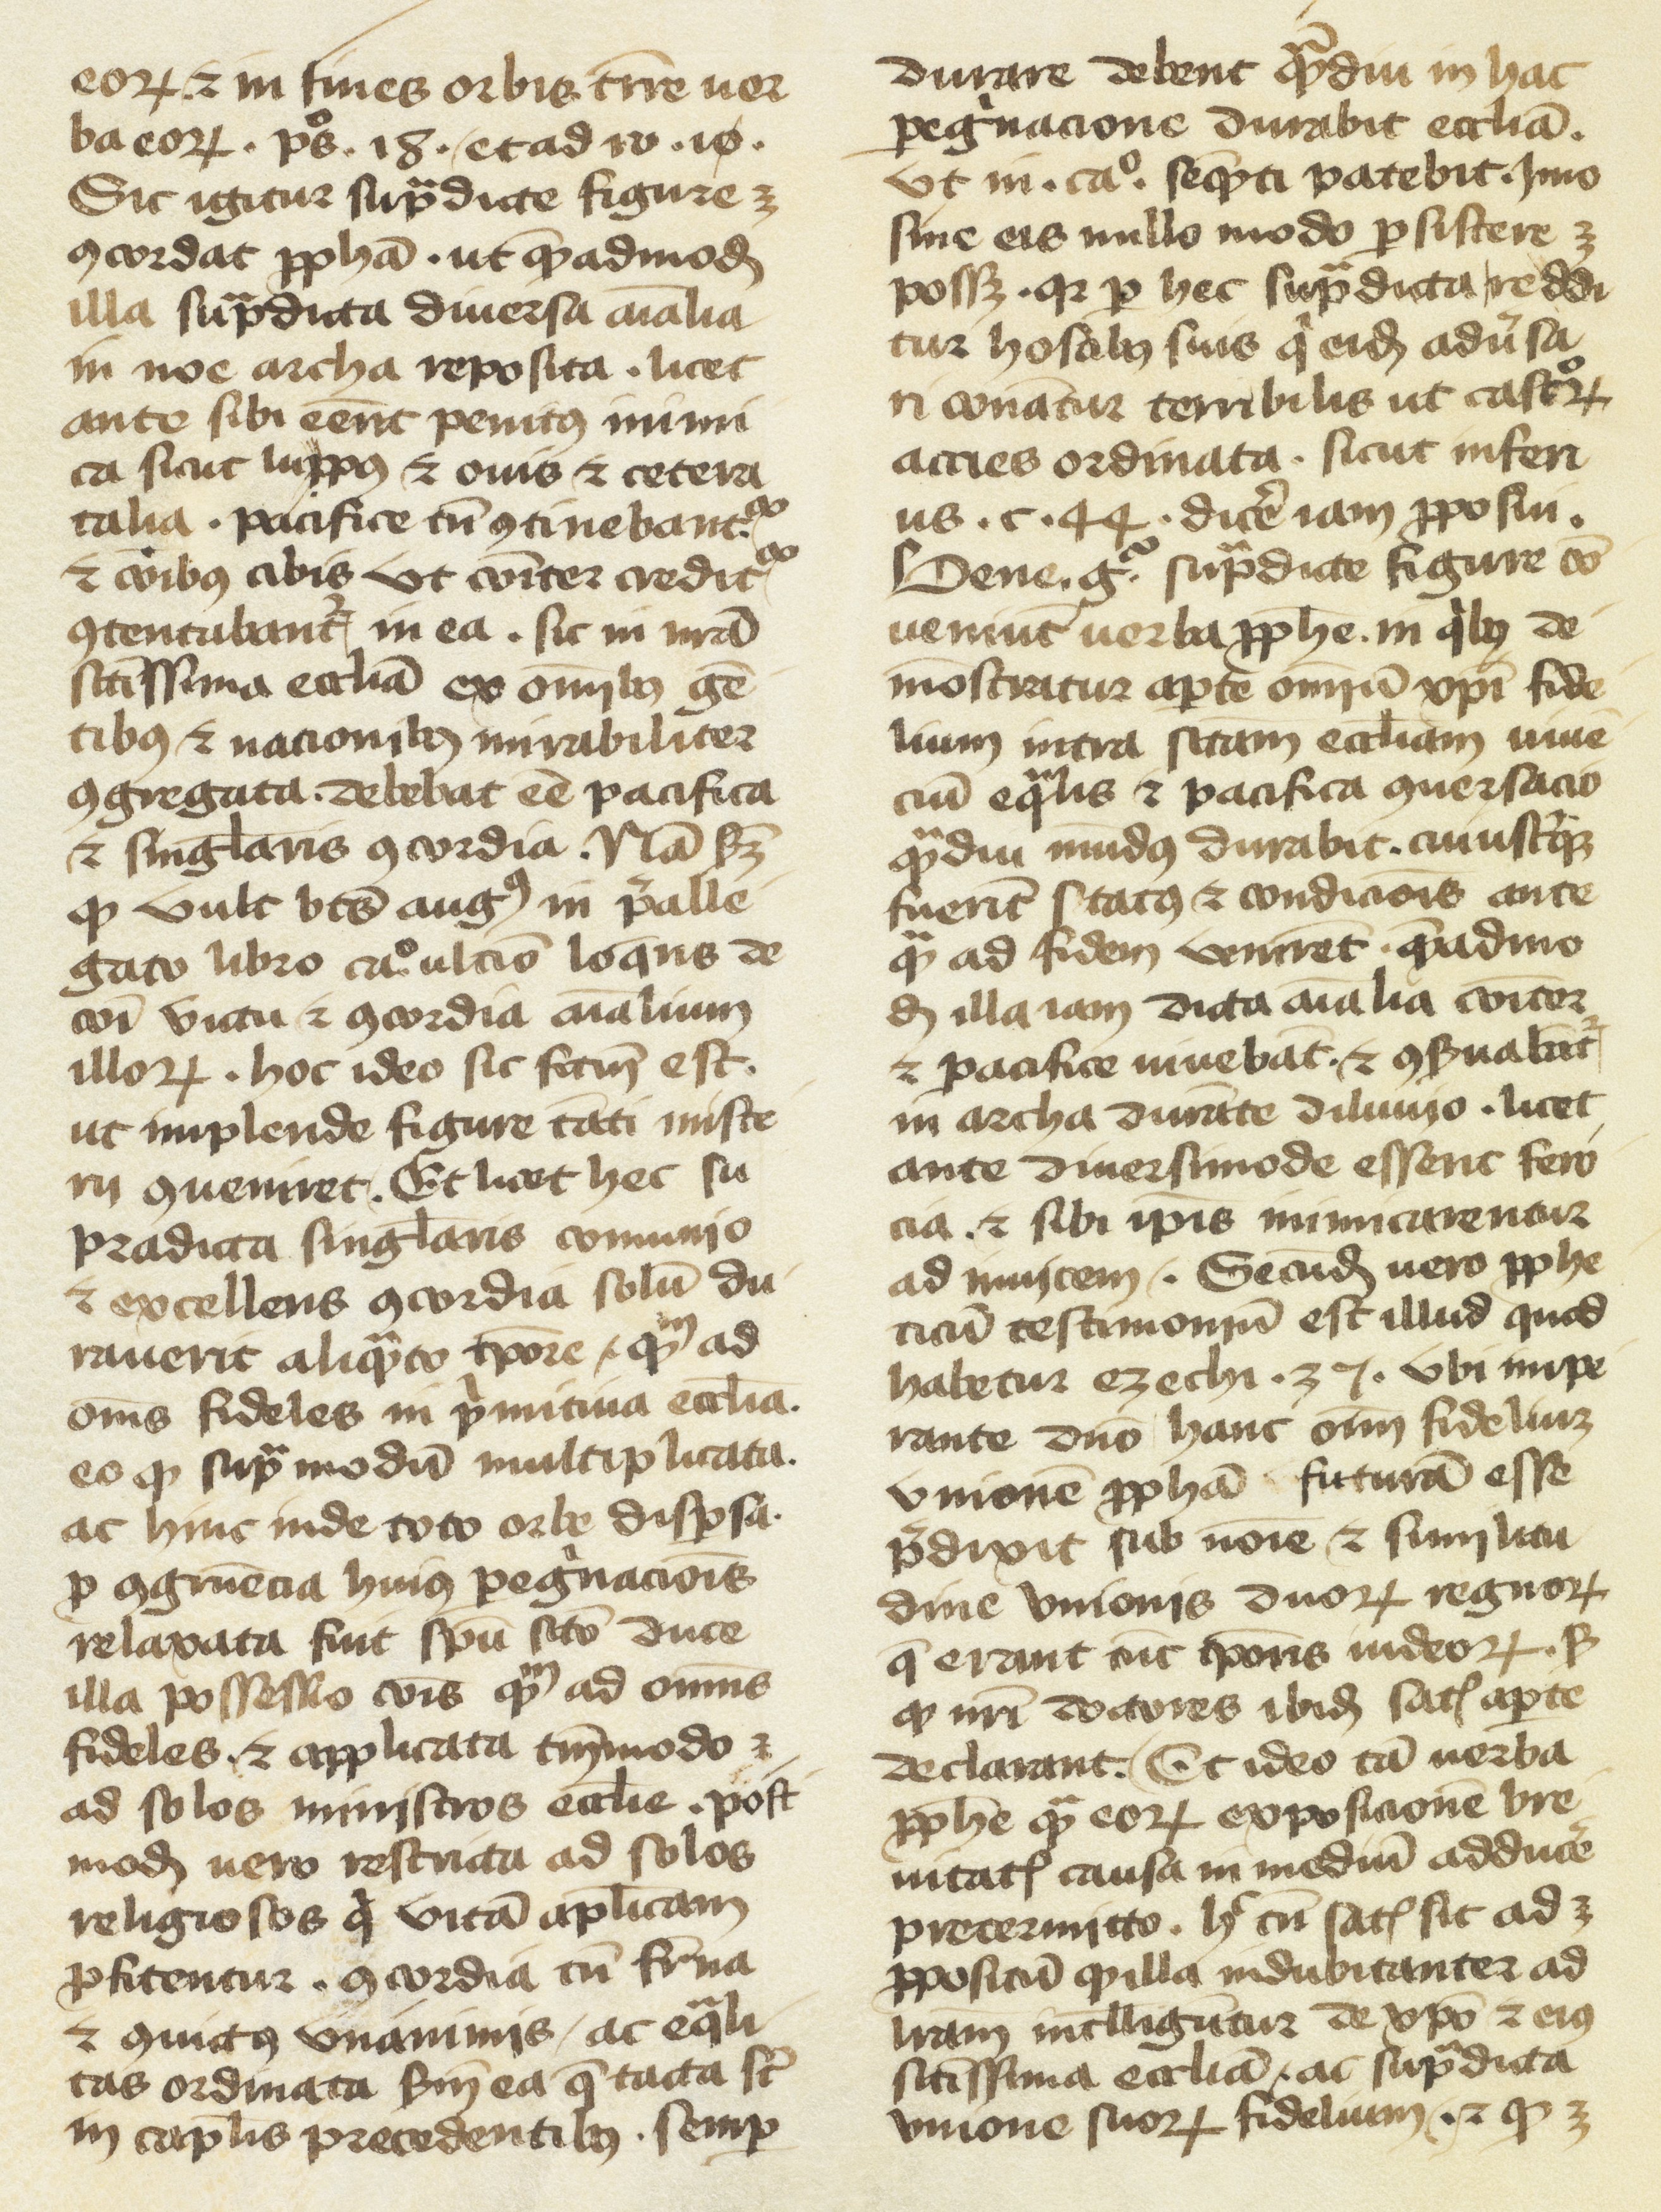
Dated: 1400–1499